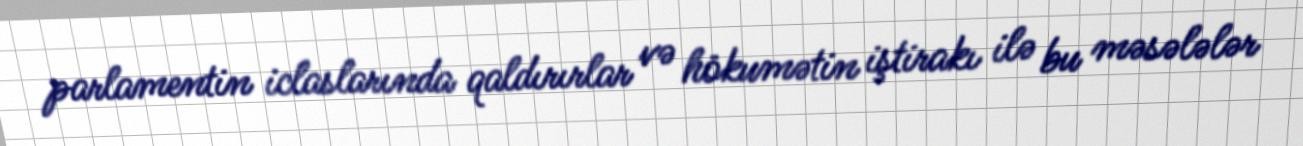
parlamentin iclaslarında qaldırırlar və hökumətin iştirakı ilə bu məsələlər